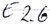
Text: E2.6